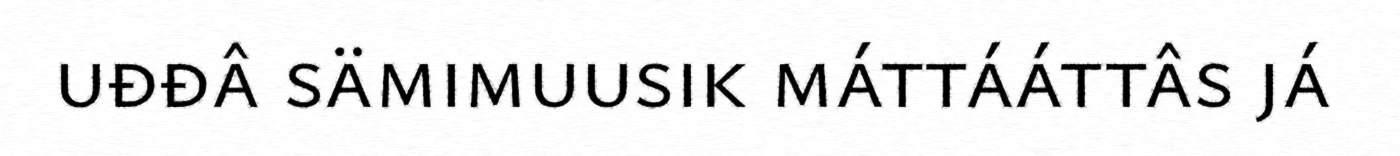
uđđâ sämimuusik máttááttâs já